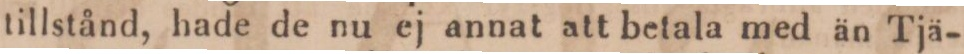
tillstånd, hade de nu ej annat att betala med än Tjä-